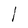
Character: l